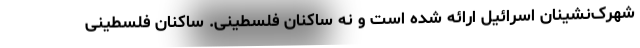
شهرک‌نشینان اسرائیل ارائه شده است و نه ساکنان فلسطینی. ساکنان فلسطینی